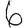
Digit: 6